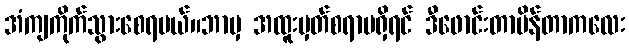
အံကျကိုက်သွားစေရမယ်။ဘာမှ အထူးမှတ်စရာမရှိရင် ဒီဖောင်းတာပိန်တာကလေး